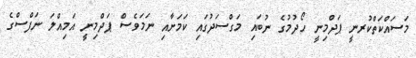
މަސައްކަތްކުރނީ ޕަދްމިނީ ހޯދުމުގެ ނުބައި މަގްސަދުގައި ކަމަށާއި ނަމަވެސް ޕަދްމިނީ އަމިއްލަ ނަފްސްގެ